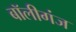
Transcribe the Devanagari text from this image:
बॉलीगंज